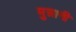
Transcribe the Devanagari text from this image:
मुन्नानी